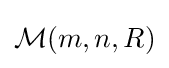
{\mathcal {M}}(m,n,R)